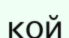
кой